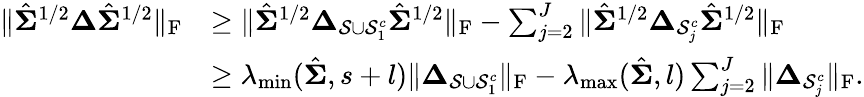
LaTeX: \begin{array}{rl}{\| \hat{\boldsymbol{\Sigma}}^{1/2}\boldsymbol{\Delta}\hat{\boldsymbol{\Sigma}}^{1/2}\| _{\mathrm{F}}}&{\geq\| \hat{\boldsymbol{\Sigma}}^{1/2}\boldsymbol{\Delta}_{\mathcal{S}\cup\mathcal{S}_{1}^{c}}\hat{\boldsymbol{\Sigma}}^{1/2}\| _{\mathrm{F}}-\sum_{j=2}^{J}\| \hat{\boldsymbol{\Sigma}}^{1/2}\boldsymbol{\Delta}_{\mathcal{S}_{j}^{c}}\hat{\boldsymbol{\Sigma}}^{1/2}\| _{\mathrm{F}}}\\ &{\geq\lambda_{\operatorname*{min}}(\hat{\boldsymbol{\Sigma}},s+l)\| \boldsymbol{\Delta}_{\mathcal{S}\cup\mathcal{S}_{1}^{c}}\| _{\mathrm{F}}-\lambda_{\operatorname*{max}}(\hat{\boldsymbol{\Sigma}},l)\sum_{j=2}^{J}\| \boldsymbol{\Delta}_{\mathcal{S}_{j}^{c}}\| _{\mathrm{F}}.}\end{array}